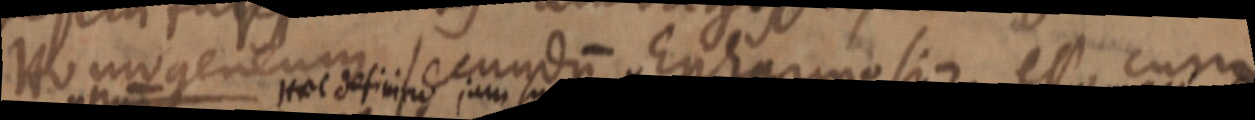
Homogeneum secundum Epharmosia est cum